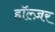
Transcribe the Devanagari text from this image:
हॉल्ज़र